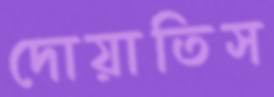
দোয়াতিস